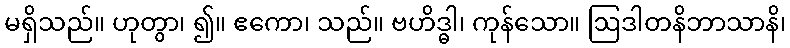
မရှိသည်။ ဟုတွာ၊ ၍။ ဧကော၊ သည်။ ဗဟိဒ္ဓါ၊ ကုန်သော။ ဩဒါတနိဘာသာနိ၊